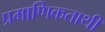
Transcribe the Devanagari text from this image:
प्रमाणिकताथी